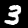
Digit: 3